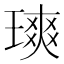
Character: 𪼐